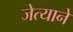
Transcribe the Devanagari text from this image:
जेत्याने